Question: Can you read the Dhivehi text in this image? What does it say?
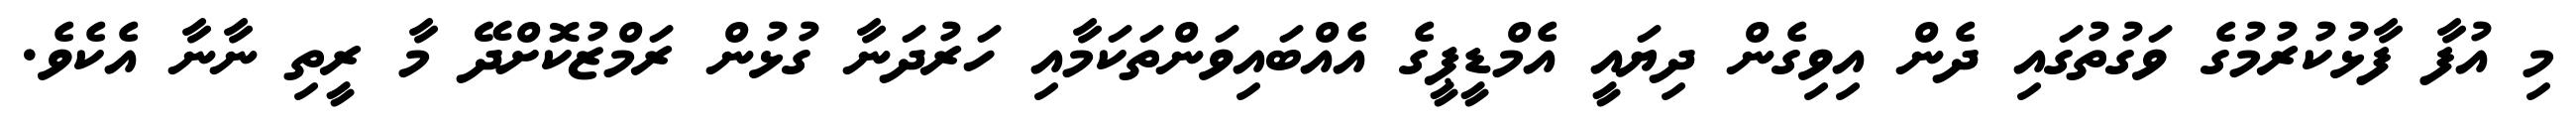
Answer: މި އުފާ ފާޅުކުރުމުގެ ވަގުތުގައި ދެން އިވިގެން ދިޔައީ އެމްޑީޕީގެ އެއްބައިވަންތަކަމާއި ހަރުދަނާ ގުޅުން ރަމްޒުކޮށްދޭ މާ ރީތި ނާނާ އެކެވެ.